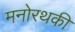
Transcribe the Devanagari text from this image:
मनोरथकी